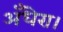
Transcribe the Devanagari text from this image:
अँधेरा।